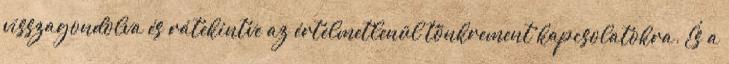
visszagondolva és rátekintve az értelmetlenül tönkrement kapcsolatokra. És a